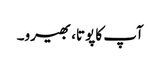
آپ کا پوتا، بھیرو۔